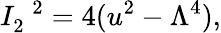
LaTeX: I_{2}^{\; \; 2}=4(u^{2}-\Lambda^{4}),